Report of the Indian Hemp Drugs Commission, 1894-1895 - Volume III
Year: 1894
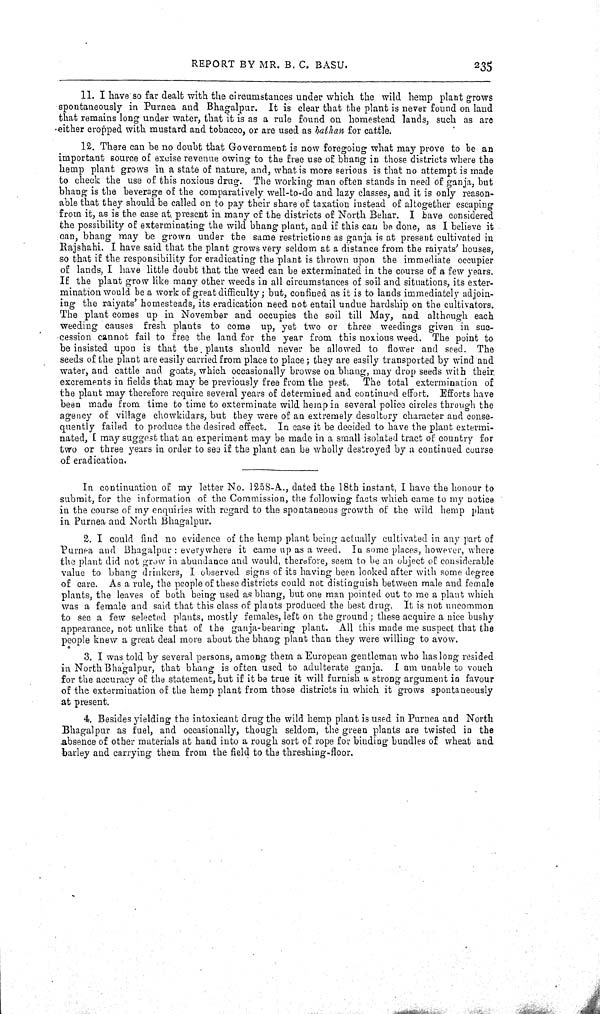
REPORT BY MR. B. C. BASU.
235
11. I have so far dealt with the circumstances under which the wild hemp plant grows
spontaneously in Purnea and Bhagalpur. It is clear that the plant is never found on land
that remains long under water, that it is as a rule found on homestead lands, such as are
either cropped with mustard and tobacco, or are used as bathan for cattle.
12. There can be no doubt that Government is now foregoing what may prove to be an
important source of excise revenue owing to the free use of bhang in those districts where the
hemp plant grows in a state of nature, and, what is more serious is that no attempt is made
to check the use of this noxious drug. The working man often stands in need of ganja, but
bhang is the beverage of the comparatively well-to-do and lazy classes, and it is only reason-
able that they should be called on to pay their share of taxation instead of altogether escaping
from it, as is the case at present in many of the districts of North Behar. I have considered
the possibility of exterminating the wild bhang plant, and if this can be done, as I believe it
can, bhang may be grown under the same restrictions as ganja is at present cultivated in
Rajshahi. I have said that the plant grows very seldom at a distance from the raiyats' houses,
so that if the responsibility for eradicating the plant is thrown upon the immediate occupier
of lands, I have little doubt that the weed can be exterminated in the course of a few years.
If the plant grow like many other weeds in all circumstances of soil and situations, its exter-
mination would be a work of great difficulty; but, confined as it is to lands immediately adjoin-
ing the raiyats' homesteads, its eradication need not entail undue hardship on the cultivators.
The plant comes up in November and occupies the soil till May, and although each
weeding causes fresh plants to come up, yet two or three weedings given in suc-
cession cannot fail to free the land for the year from this noxious weed. The point to
be insisted upon is that the. plants should never be allowed to flower and seed. The
seeds of the plant are easily carried from place to place; they are easily transported by wind and
water, and cattle and goats, which occasionally browse on bhang, may drop seeds with their
excrements in fields that may be previously free from the pest. The total extermination of
the plant may therefore require several years of determined and continued effort. Efforts have
been made from time to time to exterminate wild hemp in several police circles through the
agency of village chowkidars, but they were of an extremely desultory character and conse-
quently failed to produce the desired effect. In case it be decided to have the plant extermi-
nated, I may suggest that an experiment may be made in a small isolated tract of country for
two or three years in order to see if the plant can be wholly destroyed by a continued course
of eradication.
In continuation of my letter No. 1258-A., dated the 18th instant, I have the honour to
submit, for the information of the Commission, the following facts which came to my notice
in the course of my enquiries with regard to the spontaneous growth of the wild hemp plant
in Purnea and North Bhagalpur.
2. I could find no evidence of the hemp plant being actually cultivated in any part of
Purnea and Bhagalpur: everywhere it came up as a weed. In some places, however, where
the plant did not grow in abundance and would, therefore, seem to be an object of considerable
value to bhang drinkers, I observed signs of its having been looked after with some degree
of care. As a rule, the people of these districts could not distinguish between male and female
plants, the leaves of both being used as bhang, but one man pointed out to me a plant which
was a female and said that this class of plants produced the best drug. It is not uncommon
to see a few selected plants, mostly females, left on the ground; these acquire a nice bushy
appearance, not unlike that of the ganja-bearing plant. All this made me suspect that the
people knew a great deal more about the bhang plant than they were willing to avow.
3. I was told by several persons, among them a European gentleman who has long resided
in North Bhagalpur, that bhang is often used to adulterate ganja. I am unable to vouch
for the accuracy of the statement, but if it be true it will furnish a strong argument in favour
of the extermination of the hemp plant from those districts in which it grows spontaneously
at present.
4. Besides yielding the intoxicant drug the wild hemp plant is used in Purnea and North
Bhagalpur as fuel, and occasionally, though seldom, the green plants are twisted in the
absence of other materials at hand into a rough sort of rope for binding bundles of wheat and
barley and carrying them from the field to the threshing-floor.